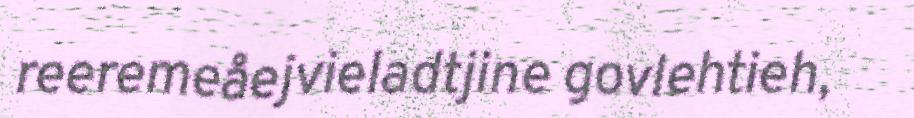
reeremeåejvieladtjine govlehtieh,